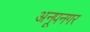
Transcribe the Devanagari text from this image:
अनूपनगर